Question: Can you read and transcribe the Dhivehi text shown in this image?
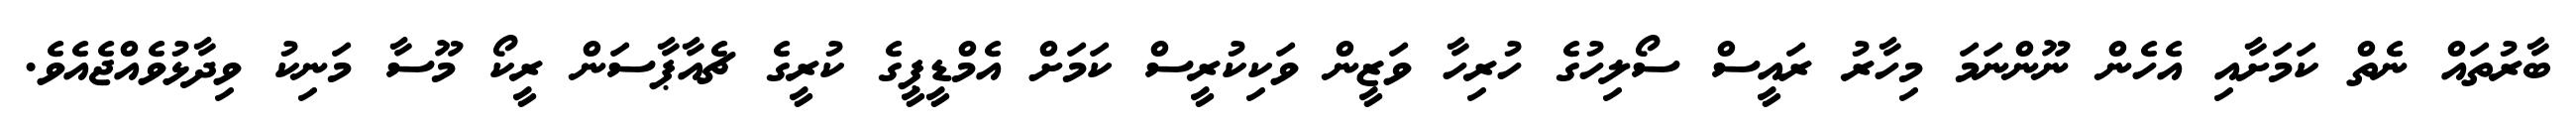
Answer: ބާރުތައް ނެތް ކަމަށާއި އެހެން ނޫންނަމަ މިހާރު ރައީސް ސޯލިހުގެ ހުރިހާ ވަޒީން ވަކިކުރީސް ކަމަށް އެމްޑީޕީގެ ކުރީގެ ޗެއާޕާސަން ރީކޯ މޫސާ މަނިކު ވިދާޅުވެއްޖެއެވެ.